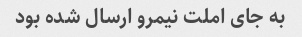
به جای املت نیمرو ارسال شده بود